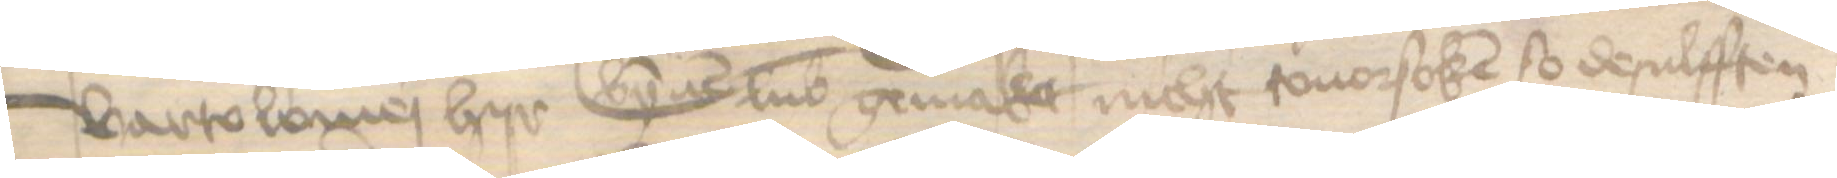
Bartolomej hyr bynnen Lubek gemaket nicht touorsoken so desulfften